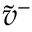
\tilde { v } ^ { - }